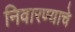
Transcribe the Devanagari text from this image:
निवारण्याचे